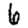
Digit: 6